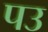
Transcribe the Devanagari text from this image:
पउ